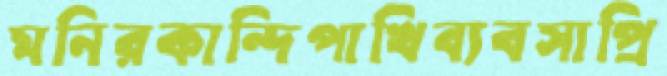
মনিরকান্দিপাখিব্যবসাপ্রি